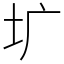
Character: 圹